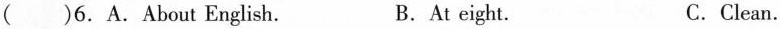
( )6.A.About English. B.At eight. C.Clean.